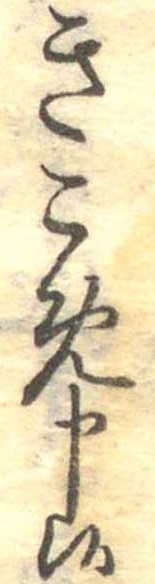
きこめ申候